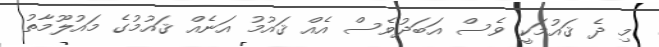
މި ދެ ޤައުމަކީ ވެސް އަބަދުވެސް އެއް ޤައުމު އަނެއް ޤައުމުގެ މައުލޫމާތު